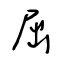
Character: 屈